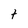
Character: t